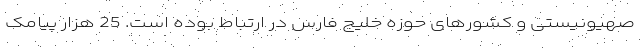
صهیونیستی و کشورهای حوزه خلیج فارس در ارتباط بوده است. 25 هزار پیامک